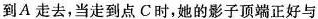
到A走去，当走到点C时，她的影子顶端正好与